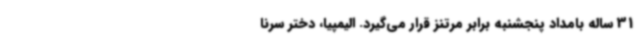
31 ساله بامداد پنجشنبه برابر مرتنز قرار می‌گیرد. الیمپیا، دختر سرنا